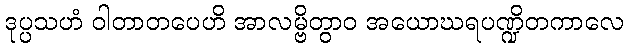
ဒုပ္ပသဟံ ဝါတာတပေဟိ အာလမ္ဗိတွာဝ အယောဃရပဏ္ဍိတကာလေ